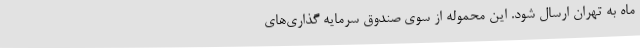
ماه به تهران ارسال شود. این محموله از سوی صندوق سرمایه گذاری‌های